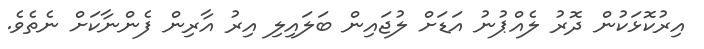
އިރުކޮޅަކުން ދޮރު ލެއްޕުނު އަޑަށް ލުޖައިން ބަލައިލި އިރު އާރިން ފެންނާކަށް ނެތެވެ.